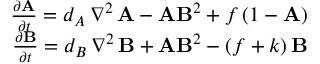
\begin{array} { r } { \frac { \partial \mathbf { A } } { \partial t } = d _ { A } \, \nabla ^ { 2 } \, \mathbf { A } - \mathbf { A } \mathbf { B } ^ { 2 } + f \, ( 1 - \mathbf { A } ) } \\ { \frac { \partial \mathbf { B } } { \partial t } = d _ { B } \, \nabla ^ { 2 } \, \mathbf { B } + \mathbf { A } \mathbf { B } ^ { 2 } - ( f + k ) \, \mathbf { B } } \end{array}